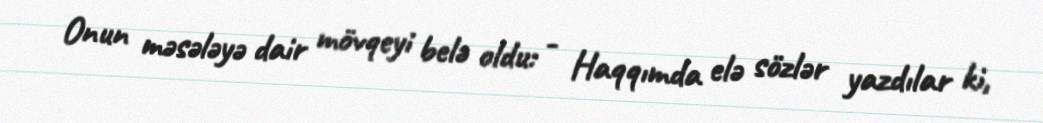
Onun məsələyə dair mövqeyi belə oldu: - Haqqımda elə sözlər yazdılar ki,